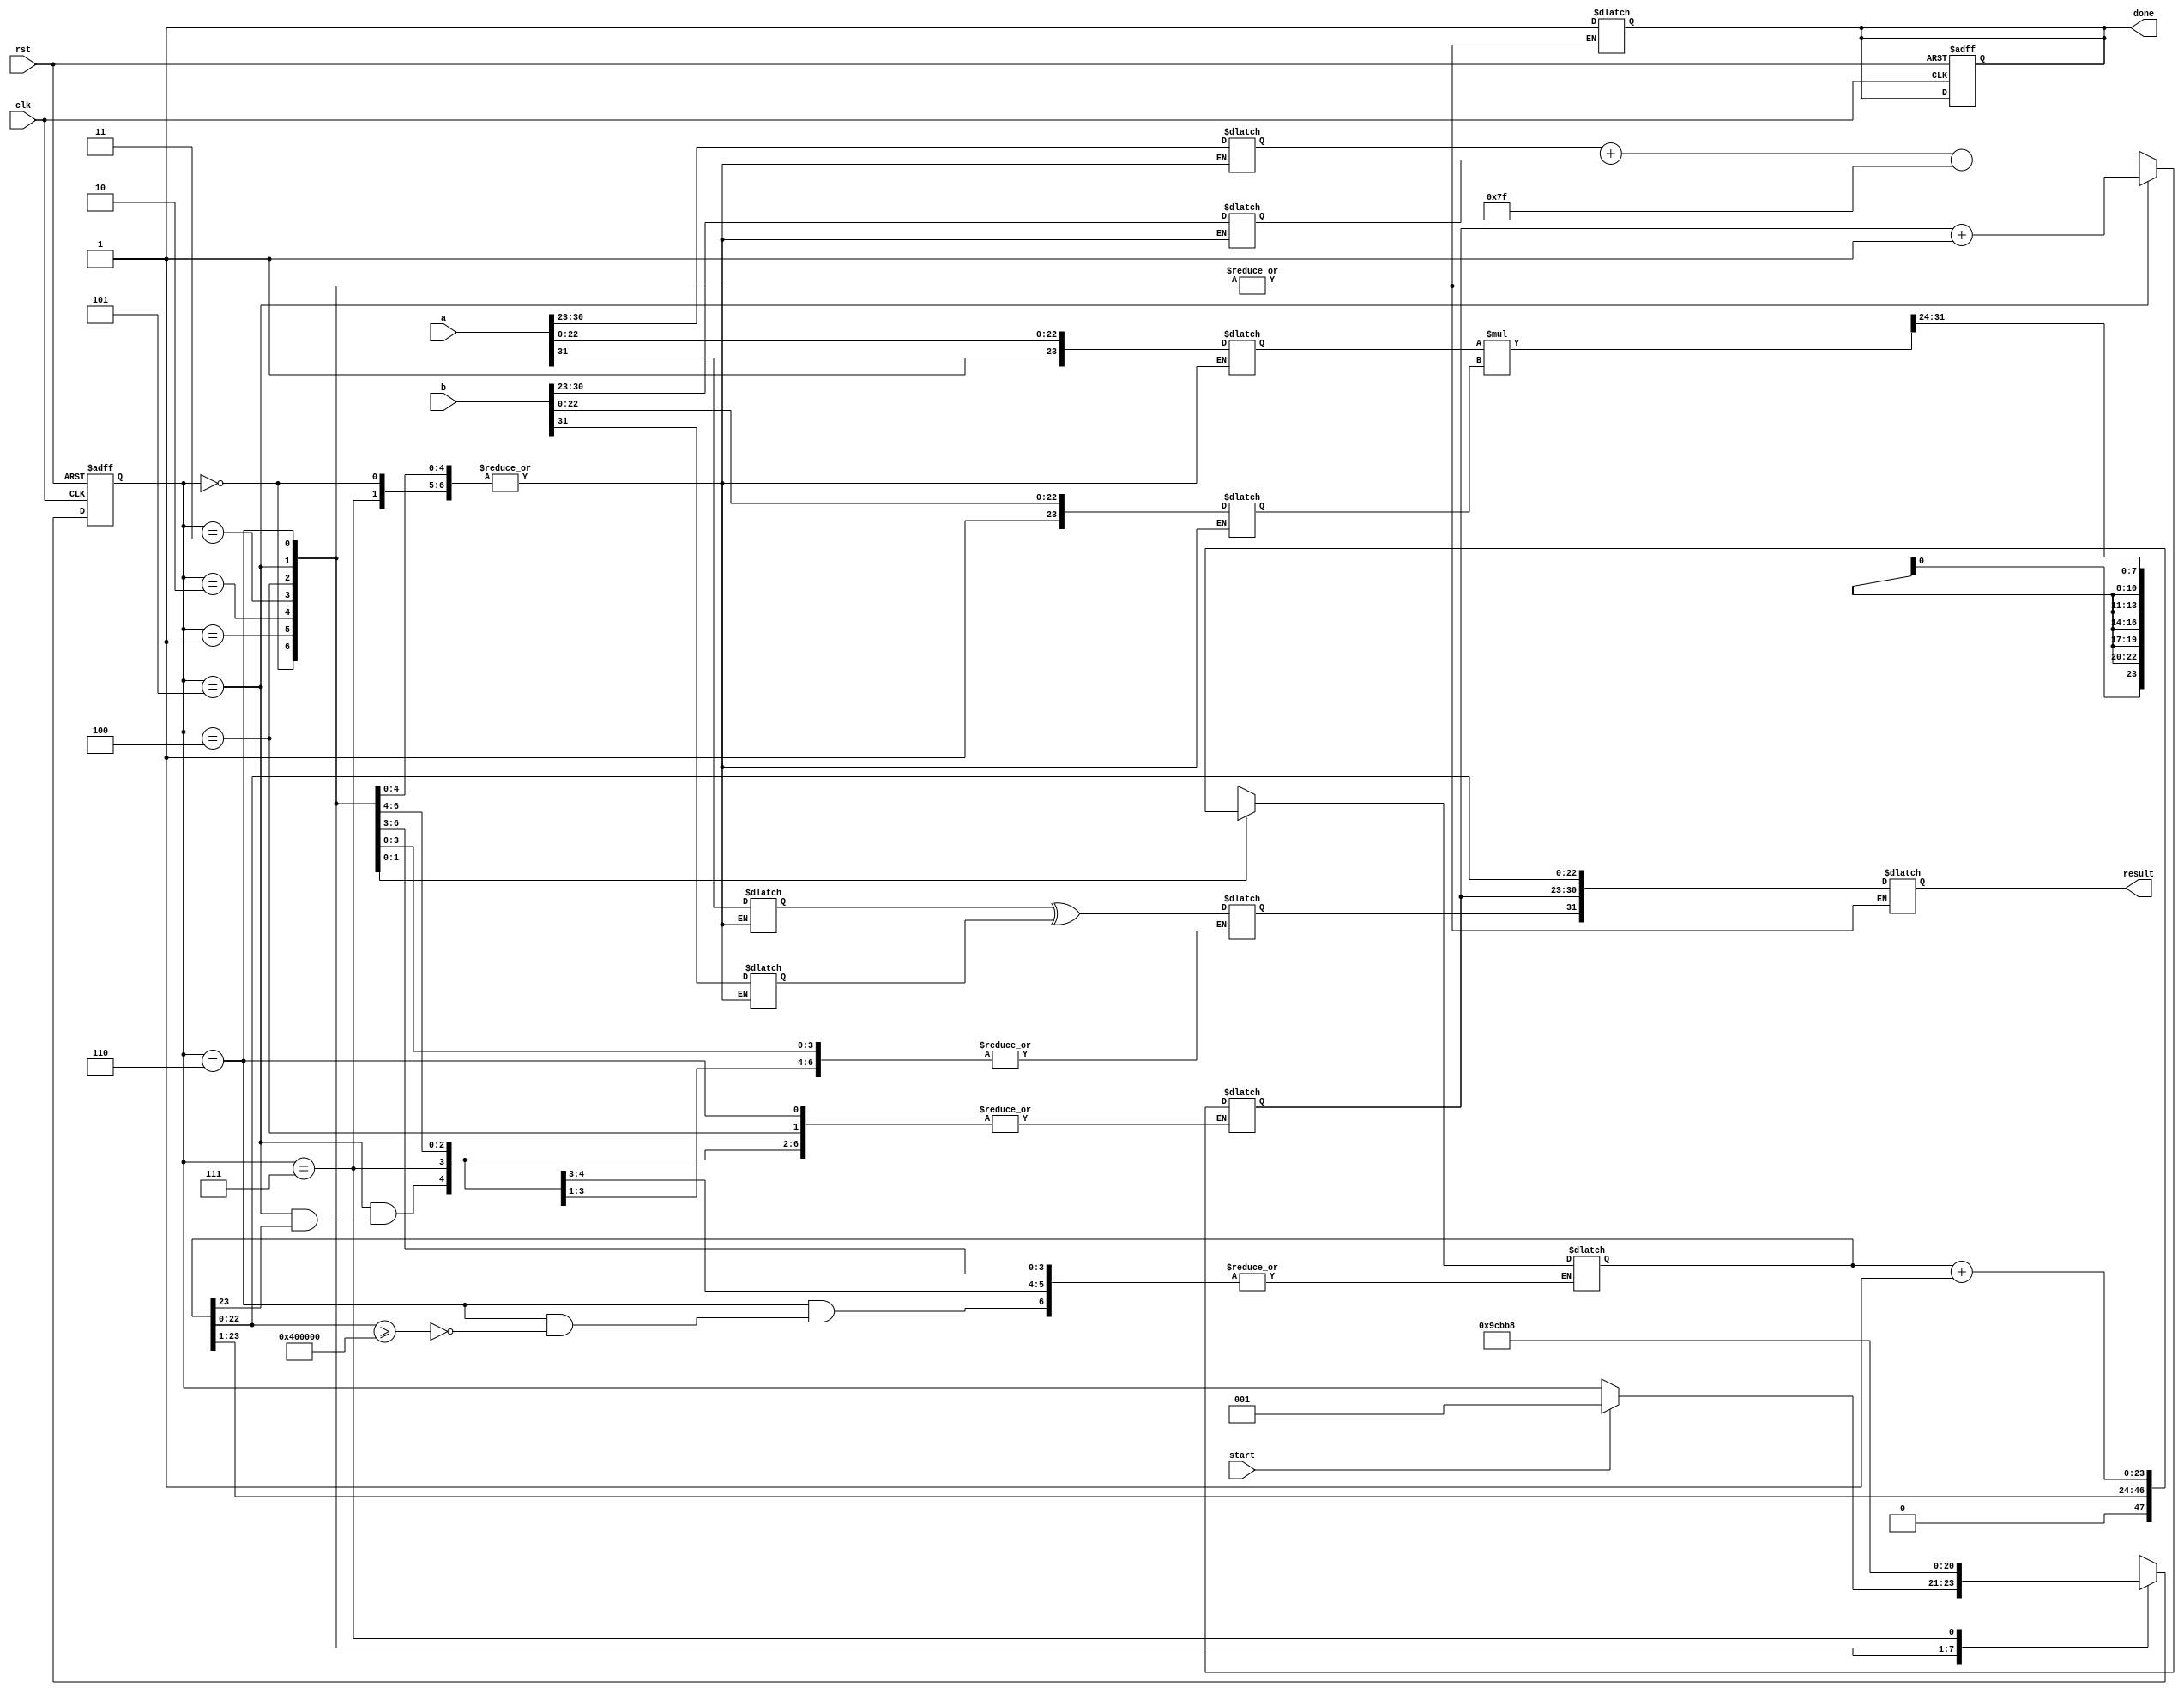
module SequentialFP_Multiplier (
    input clk,
    input rst,
    input [31:0] a, // First floating-point number
    input [31:0] b, // Second floating-point number
    input start,
    output reg [31:0] result, // Output floating-point number
    output reg done // Indicates the multiplication operation is complete
);

    // State encoding
    localparam IDLE = 3'b000,
               DECODE = 3'b001,
               SIGN = 3'b010,
               EXPONENT = 3'b011,
               SIGNIFICAND = 3'b100,
               NORMALIZE = 3'b101,
               ROUND = 3'b110,
               OUTPUT = 3'b111;

    reg [2:0] state, next_state;
    reg [7:0] exponent_a, exponent_b, exponent_result;
    reg [23:0] significand_a, significand_b, significand_result;
    reg sign_a, sign_b, sign_result;

    // Control signals
    reg [31:0] significand_product;

    // State machine for control flow
    always @(posedge clk or posedge rst) begin
        if (rst) begin
            state <= IDLE;
            done <= 0;
        end else begin
            state <= next_state;
        end
    end

    always @(*) begin
        next_state = state;
        case (state)
            IDLE: begin
                if (start) next_state = DECODE;
            end
            DECODE: begin
                // Decode the input floating-point numbers
                exponent_a = a[30:23];
                exponent_b = b[30:23];
                significand_a = {1'b1, a[22:0]}; // Implicit leading one in normalized numbers
                significand_b = {1'b1, b[22:0]};
                sign_a = a[31];
                sign_b = b[31];
                next_state = SIGN;
            end
            SIGN: begin
                // Calculate the sign of the result
                sign_result = sign_a ^ sign_b;
                next_state = EXPONENT;
            end
            EXPONENT: begin
                // Add exponents (with bias adjustment)
                exponent_result = (exponent_a + exponent_b) - 8'd127; // IEEE 754 bias
                next_state = SIGNIFICAND;
            end
            SIGNIFICAND: begin
                // Multiply significands
                significand_product = significand_a * significand_b;
                significand_result = significand_product[47:24]; // Adjust accordingly
                next_state = NORMALIZE;
            end
            NORMALIZE: begin
                // Normalize the result
                if (significand_result[23] == 0) begin
                    significand_result = significand_result >> 1;
                    exponent_result = exponent_result + 1;
                end
                next_state = ROUND;
            end
            ROUND: begin
                // Perform rounding (round to nearest even)
                // Simplified rounding logic
                if (significand_result[22:0] >= 23'd4194304) // Check if the last bit rounds up
                    significand_result = significand_result + 1;
                next_state = OUTPUT;
            end
            OUTPUT: begin
                // Assemble final result
                result = {sign_result, exponent_result[7:0], significand_result[22:0]};
                done = 1;
                next_state = IDLE; // Return to IDLE
            end
            default: next_state = IDLE;
        endcase
    end

endmodule